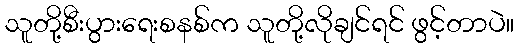
သူတို့စီးပွားရေးစနစ်က သူတို့လိုချင်ရင် ဖွင့်တာပဲ။